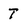
Character: T